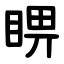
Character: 睤